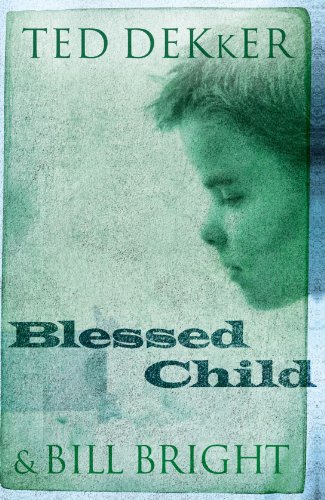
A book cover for Blessed Child (The Caleb Books Series); Ted Dekker; Religion & Spirituality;